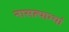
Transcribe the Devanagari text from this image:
नासत्याभ्यां